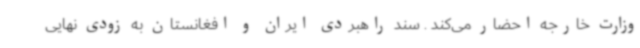
وزارت خارجه احضار می‌کند . سند راهبردی ایران و افغانستان به زودی نهایی